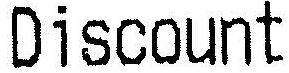
DISCOUNT